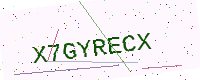
Text: X7GYRECX